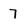
Character: 7